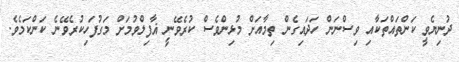
ދުނިޔެވީ ކަންތައްތަކާއި ވިސްނަން ހަދައިގެން ތިމާއަށް މުޅިންވެސް ކުރެވޭނީ ޣާފިލްވުމަށް މަގުފަހިކުރެވޭނެ ކަންކަމެވެ.